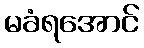
မခံရအောင်